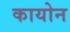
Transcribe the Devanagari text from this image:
कायोन